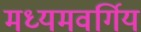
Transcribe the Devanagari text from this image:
मध्यमवर्गिय